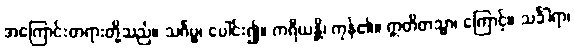
အကြောင်းတရားတို့သည်။ သင်္ဂမ္မ၊ ပေါင်း၍။ ကရီယန္တိ၊ ကုန်၏။ ဣတိတသ္မာ၊ ကြောင့်။ သင်္ခါရာ၊